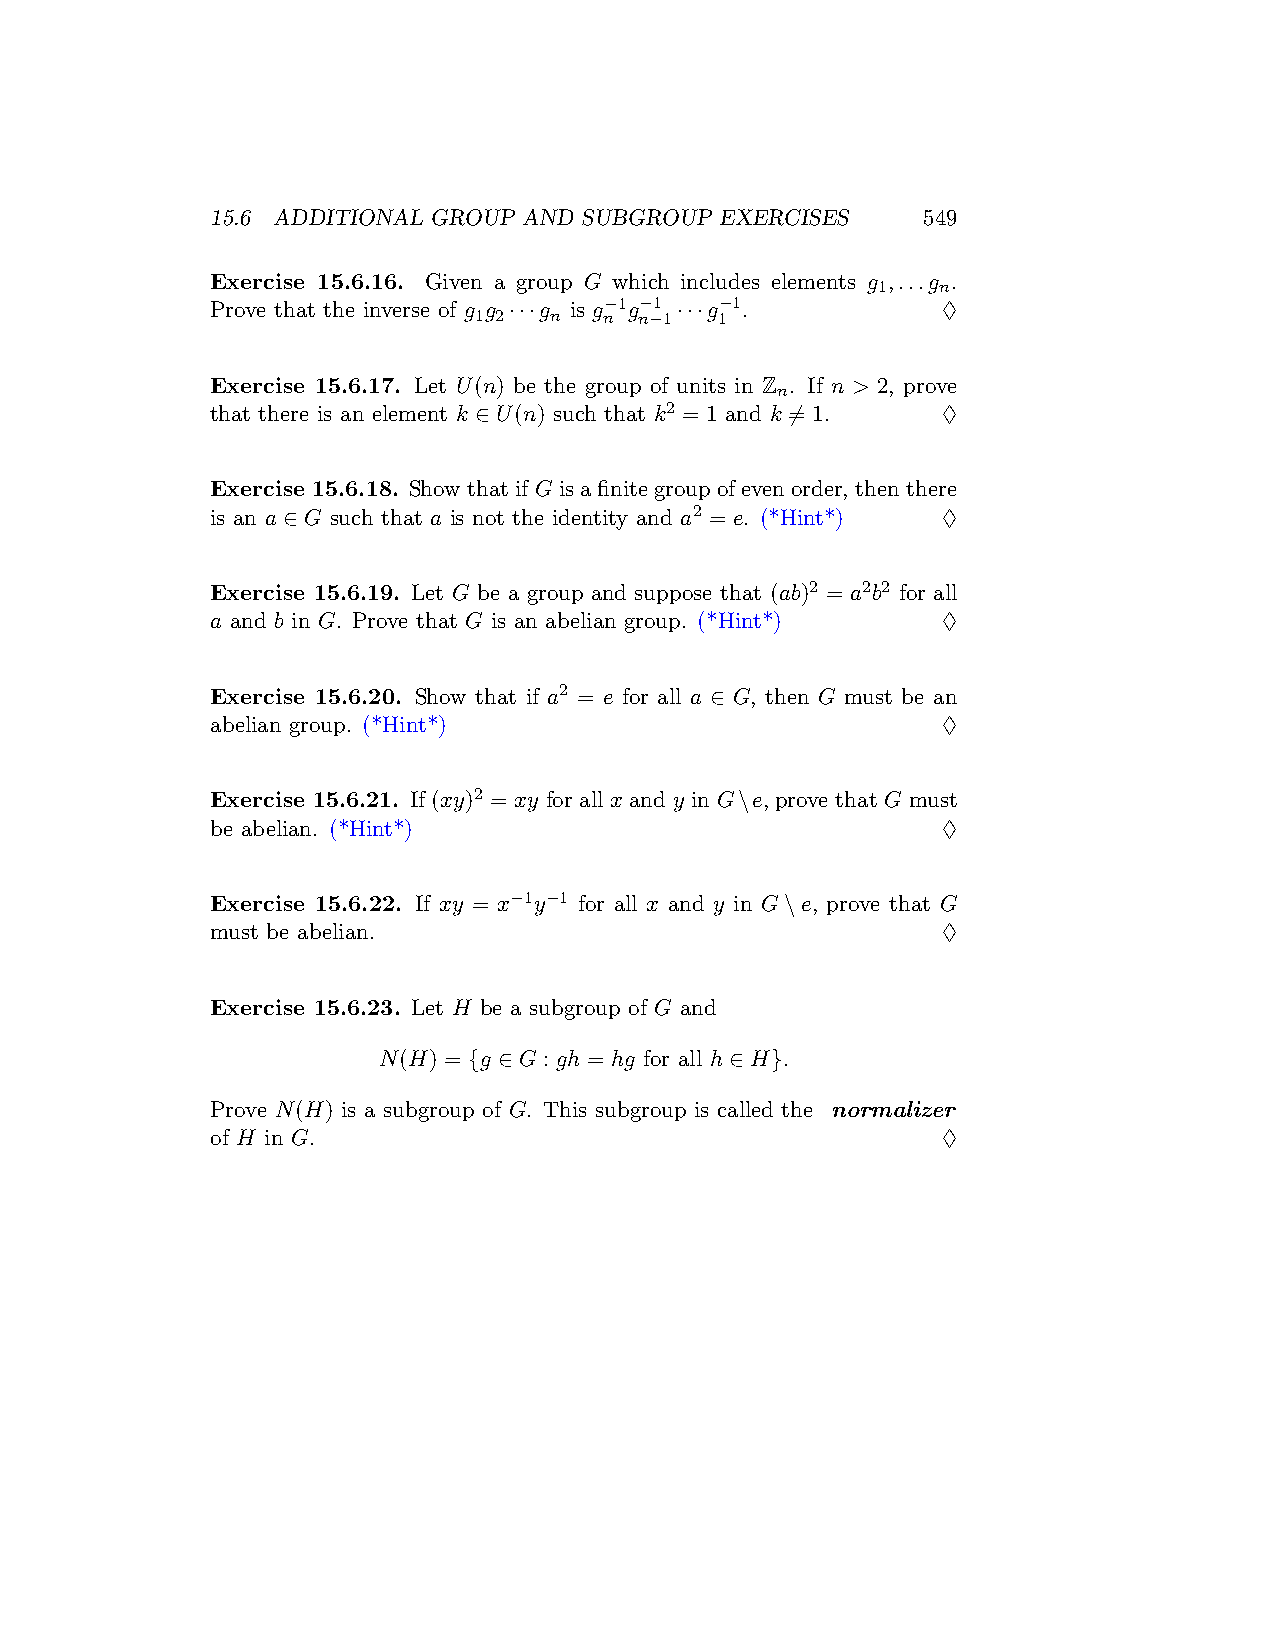
15.6 ADDITIONAL GROUP AND SUBGROUP EXERCISES   549
 Exercise 15.6.16. Given a group G which includes elements g ,...g .
 1   n
 Prove that the inverse of g g ···g is g−1g−1 ···g−1. ♢
 1 2  n   n n−1   1
 Exercise 15.6.17. Let U(n) be the group of units in Z . If n > 2, prove
 n
 that there is an element k ∈ U(n) such that k2 = 1 and k ̸= 1. ♢
 Exercise 15.6.18. ShowthatifGisafinitegroupofevenorder, thenthere
 is an a ∈ G such that a is not the identity and a2 = e. (*Hint*) ♢
 Exercise 15.6.19. Let G be a group and suppose that (ab)2 = a2b2 for all
 a and b in G. Prove that G is an abelian group. (*Hint*) ♢
 Exercise 15.6.20. Show that if a2 = e for all a ∈ G, then G must be an
 abelian group. (*Hint*)                         ♢
 Exercise 15.6.21. If (xy)2 = xy for all x and y in G\e, prove that G must
 be abelian. (*Hint*)                            ♢
 Exercise 15.6.22. If xy = x−1y−1 for all x and y in G\e, prove that G
 must be abelian.                                ♢
 Exercise 15.6.23. Let H be a subgroup of G and
 N(H) = {g ∈ G : gh = hg for all h ∈ H}.
 Prove N(H) is a subgroup of G. This subgroup is called the normalizer
 of H in G.                                      ♢